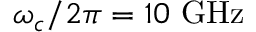
\omega _ { c } / 2 \pi = 1 0 ~ \mathrm { G H z }